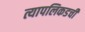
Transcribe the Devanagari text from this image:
त्यापलिकडची